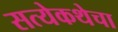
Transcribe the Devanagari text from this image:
सत्येकथेचा